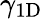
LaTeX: \gamma_{\mathrm{1D}}